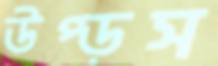
উপ্‌ড়স